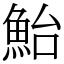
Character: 鮐